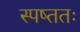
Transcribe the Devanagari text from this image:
स्पष्ततः